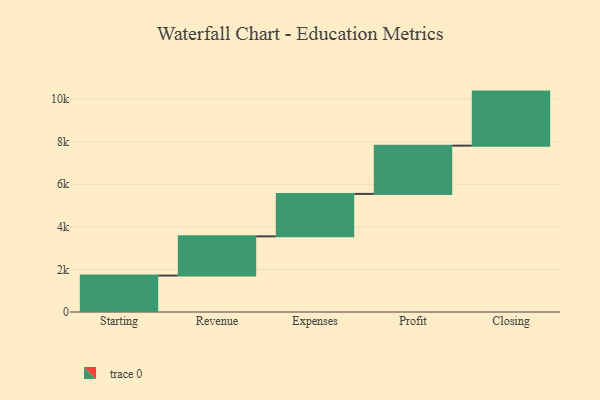
{"axis": {"x": "Step", "y": "Value"}, "legend": [""], "data": [{"x": "Starting", "y": 1711.0, "type": ""}, {"x": "Revenue", "y": 1841.0, "type": ""}, {"x": "Expenses", "y": 1994.0, "type": ""}, {"x": "Profit", "y": 2266.0, "type": ""}, {"x": "Closing", "y": 2538.0, "type": ""}]}